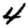
Digit: 4